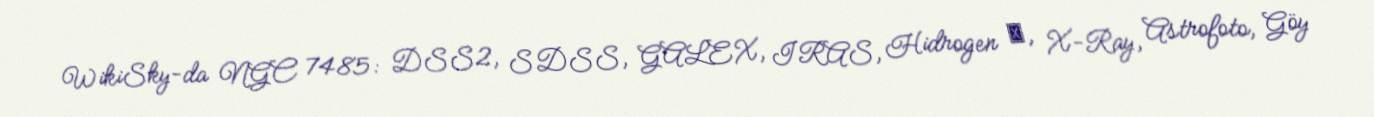
WikiSky-da NGC 7485: DSS2, SDSS, GALEX, IRAS, Hidrogen α, X-Ray, Astrofoto, Göy